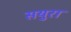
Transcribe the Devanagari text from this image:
सयुरा